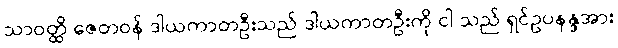
သာဝတ္ထိ ဇေတဝန် ဒါယကာတဦးသည် ဒါယကာတဦးကို ငါ သည် ရှင်ဥပနန္ဒအား